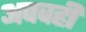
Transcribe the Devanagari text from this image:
अपवही